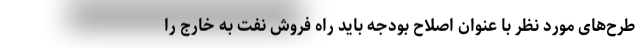
طرح‌های مورد نظر با عنوان اصلاح بودجه باید راه فروش نفت به خارج را